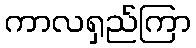
ကာလရှည်ကြာ